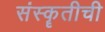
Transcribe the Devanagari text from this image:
संस्कॄतीची